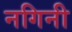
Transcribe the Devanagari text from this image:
नगिनी